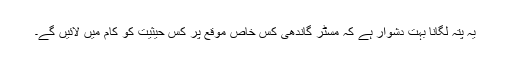
یہ پتہ لگانا بہت دشوار ہے کہ مسٹر گاندھی کس خاص موقع پر کس حیثیت کو کام میں لائیں گے۔